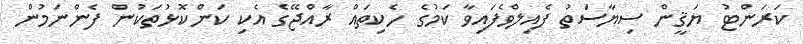
ކަަރަންޓު ޔަޤީން ސިޔާސަތު ފެއިލްވެފައިވާ ކަމުގެ ހެކިތައް ރާއްޖޭގެ އެކި ކަންކޮޅުތަކުން ފެންނަމުން